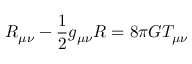
R _ { \mu \nu } - \frac { 1 } { 2 } g _ { \mu \nu } R = 8 \pi G T _ { \mu \nu }